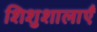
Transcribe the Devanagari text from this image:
शिशुशालाएँ